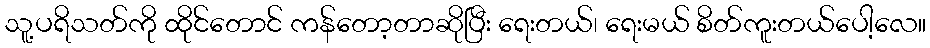
သူ့ပရိသတ်ကို ထိုင်တောင် ကန်တော့တာဆိုပြီး ရေးတယ်၊ ရေးမယ် စိတ်ကူးတယ်ပေါ့လေ။